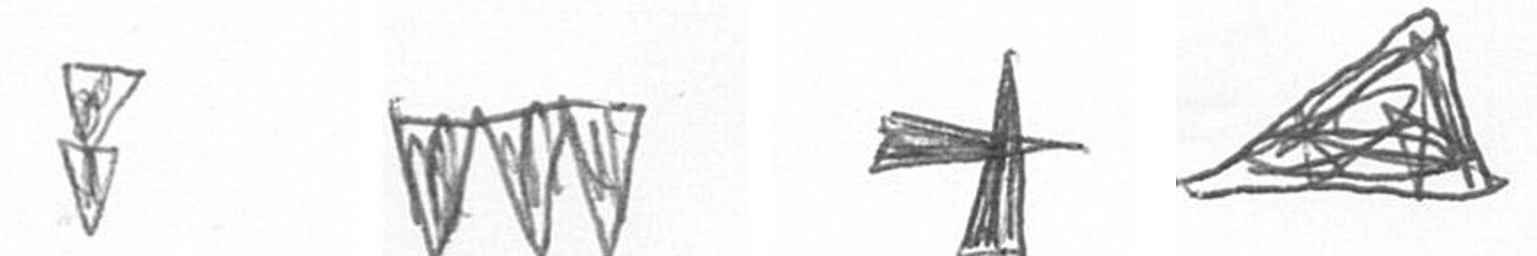
Z L G O